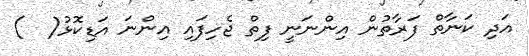
އަދި ކަނާތް ފަރާތުން އިންނަނީ ފިތް ޖެހިފައި އިންނަ އަޑިކޮޅު(  )